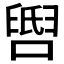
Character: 𬛺